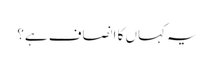
یہ کہاں کا انصاف ہے؟